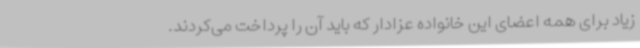
زیاد برای همه اعضای این خانواده عزادار که باید آن را پرداخت می‌کردند.